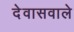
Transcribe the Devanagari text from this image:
देवासवाले